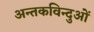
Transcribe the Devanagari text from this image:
अन्तकविन्दुओं